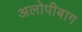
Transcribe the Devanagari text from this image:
अलोपीबाग